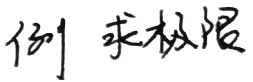
例1 求极限